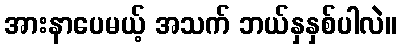
အားနာပေမယ့် အသက် ဘယ်နှနှစ်ပါလဲ။